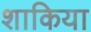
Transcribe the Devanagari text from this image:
शाकिया